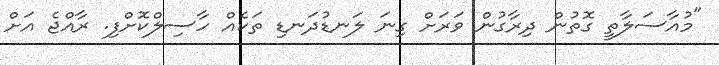
"މުއާސަލާތީ ގޮތުން ދިރާގުން ވަރަށް ގިނަ ލަނޑުދަނޑި ތަކެއް ހާސިލްކޮށްފި. ރާއްޖެ އަށް